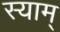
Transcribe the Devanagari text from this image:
स्याम्‌